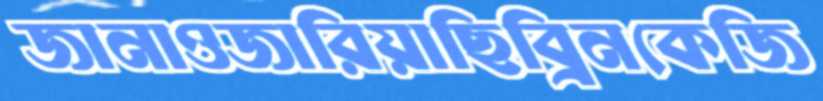
জানাওজারিয়াছিব্রিনকেজি